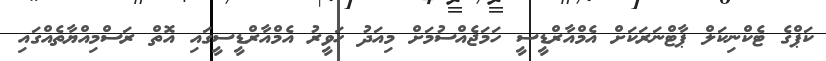
ކަޕްގެ ޓެކްނިކަލް ޕާޓްނަރަކަށް އެމްއާރްޑީސީ ހަމަޖެއްސުމަށް މިއަދު ހަވީރު އެމްއާރްޑީސީގައި އޮތް ރަސްމިއްޔާތެއްގައި